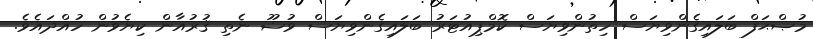
މުޞްޙަފް ބަލައިގެންވިޔަސް ހިތުންވިޔަސް ކޮމްޕިއުޓަރު ބަލައިގެންވިޔަސް ވުޟޫ ނެތި ޤުރުއާން ކިޔެވުން ހުއްދައެވެ.